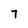
Character: 7